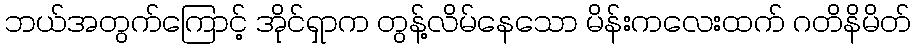
ဘယ်အတွက်ကြောင့် အိုင်ရှာက တွန့်လိမ်နေသော မိန်းကလေးထက် ဂတိနိမိတ်